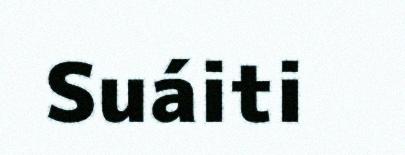
Suáiti